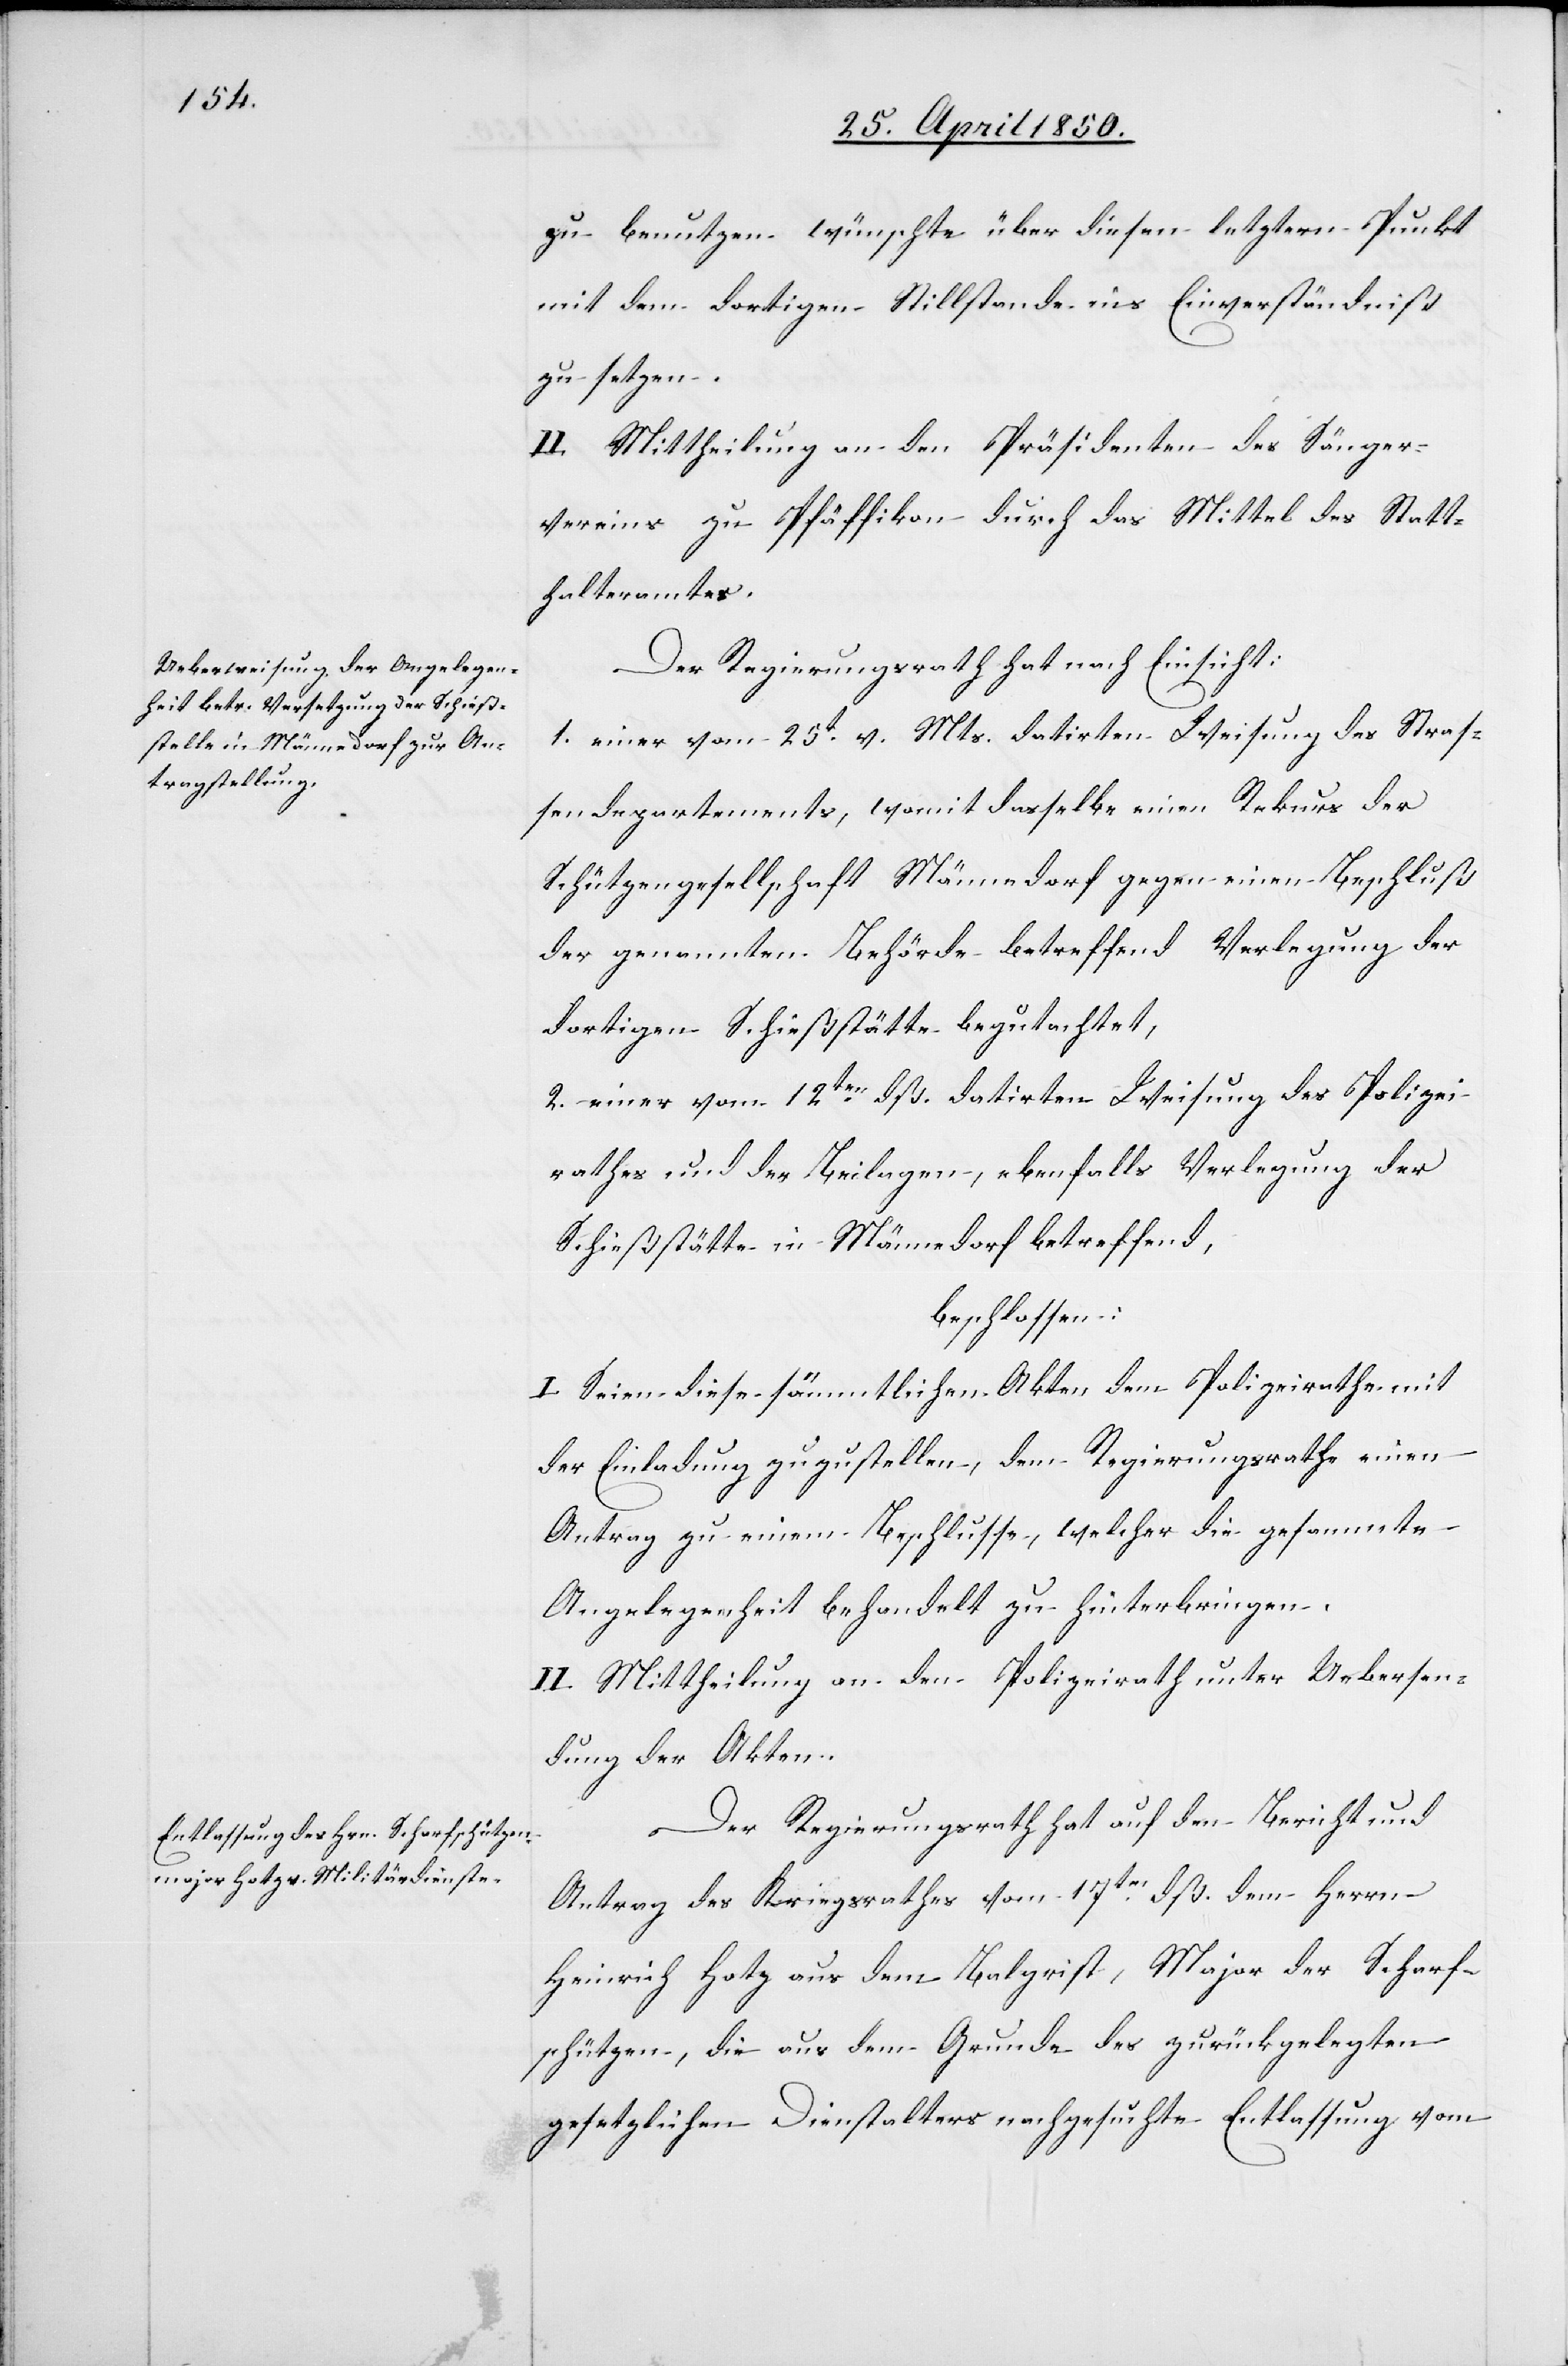
zu benutzen wünsche über diesen letztern Punkt
mit dem dortigen Stillstande ins Einverständniß
zu setzen.
II. Mittheilung an den Präsidenten des Sänger¬
vereins zu Pfäffikon durch das Mittel des Statt¬
halteramtes.
Der Regierungsrath hat nach Einsicht:
1. einer vom 25t v. Mts. datirten Weisung des Straß¬
endepartements, womit dasselbe einen Rekurs der
Schützengesellschaft Männedorf gegen einen Beschluß
der genannten Behörde betreffend Verlegung der
dortigen Schießstätte begutachtet,
2. einer vom 12ten dß. datirten Weisung des Polizei¬
rathes und der Beilagen, ebenfalls Verlegung der
Schießstätte in Männedorf betreffend,
beschlossen:
I. Seien diese sämmtlichen Akten dem Polizeirathe mit
der Einladung zuzustellen, dem Regierungsrathe einen
Antrag zu einem Beschlusse, welcher die gesammte
Angelegenheit behandelt zu hinterbringen.
II. Mittheilung an den Polizeirath unter Uebersen¬
dung der Akten.
Der Regierungsrath hat auf den Bericht und
Antrag des Kirchenrathes vom 17ten dß. dem Herrn
Heinrich Hotz aus dem Balgrist, Major der Scharf¬
schützen, die aus dem Grunde des zurückgelegten
gesetzlichen Dienstalters nachgesuchte Entlassung vom